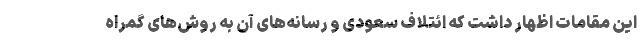
این مقامات اظهار داشت که ائتلاف سعودی و رسانه‌های آن به روش‌های گمراه